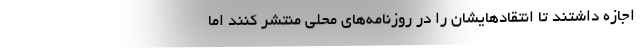
اجازه داشتند تا انتقادهایشان را در روزنامه‌های محلی منتشر کنند اما